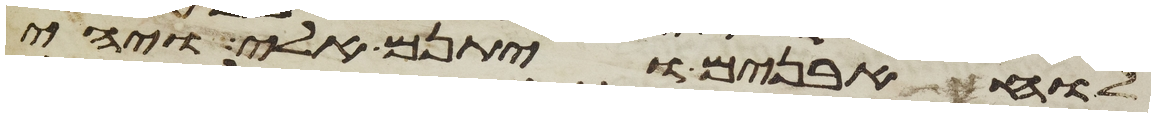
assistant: לוחת אבנים ויתנם אלי ויהי